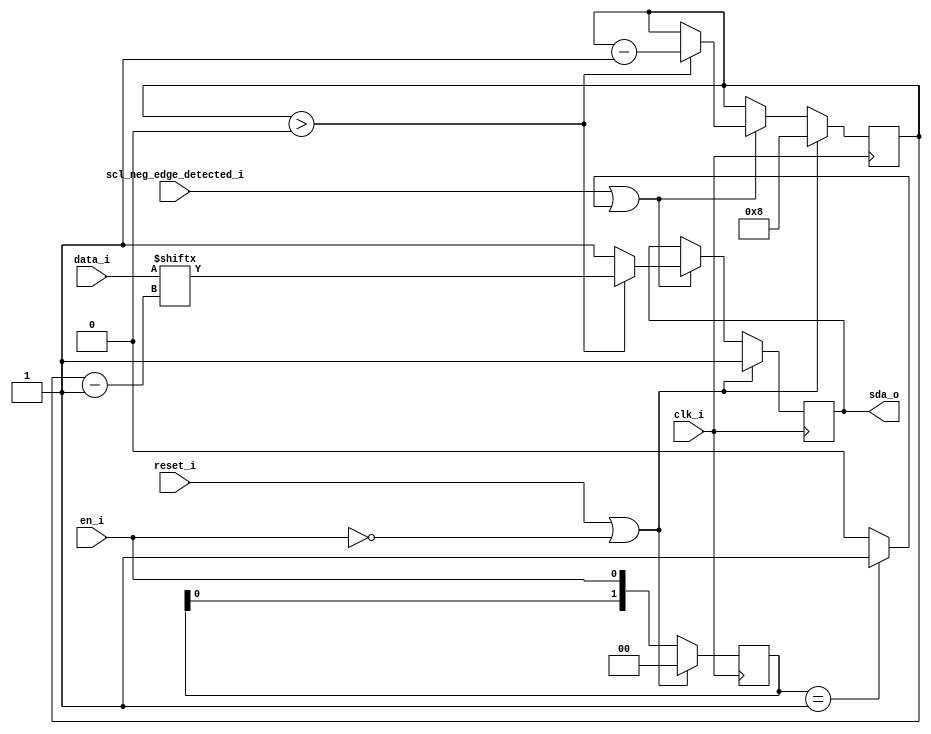
`timescale 1ns / 1ps

///////////////////////////////////////////////////////////////////////////////
// Copyright (C) 2012 Andreas Kingbck
//
// This program is free software: you can redistribute it and/or modify
// it under the terms of the GNU General Public License as published by
// the Free Software Foundation, either version 3 of the License, or
// (at your option) any later version.
//
// This program is distributed in the hope that it will be useful,
// but WITHOUT ANY WARRANTY; without even the implied warranty of
// MERCHANTABILITY or FITNESS FOR A PARTICULAR PURPOSE.  See the
// GNU General Public License for more details.
//
// You should have received a copy of the GNU General Public License
//along with this program.  If not, see <http://www.gnu.org/licenses/>.
////////////////////////////////////////////////////////////////////////////////

module data_transmitter
  (
   input wire       clk_i,
   input wire       reset_i,
   input wire       en_i,
   input wire       scl_neg_edge_detected_i,
   input wire [7:0] data_i, 
   output reg       sda_o
   );
   
   // Local Variables
   //--------------------------------------------
   reg [3:0]        data_bit_cnt;
   reg [1:0]        en_edge_buffer;
   wire             en_pos_edge_detected;
   
   // en_i edge detector 
   //--------------------------------------------
   always @(posedge clk_i) begin
      if (reset_i || ~en_i) begin
         en_edge_buffer <= 2'b00;
      end
      else begin 
         en_edge_buffer <= {en_edge_buffer[0] , en_i};
      end
   end
   
   assign en_pos_edge_detected = (en_edge_buffer == 2'b01) ? 1'b1 : 1'b0;
   
   // Data Receiver
   //--------------------------------------------
   always @(posedge clk_i) begin
      if (reset_i || ~en_i) begin
         data_bit_cnt <= 4'd8;
         sda_o <= 1'b1;
      end
      else begin
         if (scl_neg_edge_detected_i || en_pos_edge_detected) begin
            if (data_bit_cnt > 4'd0) begin
               data_bit_cnt <= data_bit_cnt - 4'd1;
               sda_o <= data_i[data_bit_cnt - 1];
            end
            else begin
               sda_o <= 1'b1;
            end  
         end // if (scl_neg_edge_detected_i && en_i)
      end // else: !if(reset_i)
   end // always @ (posedge clk_i)
   

endmodule